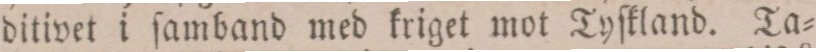
ditivet i ſamband med kriget mot Tyſkland. Ta=